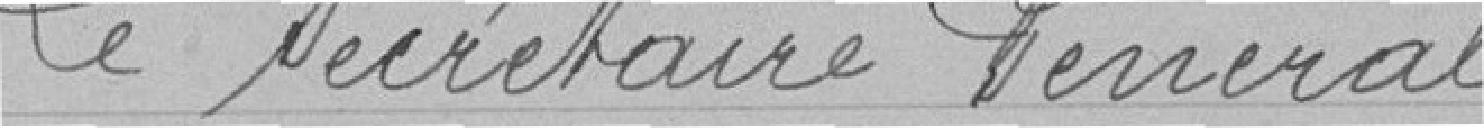
Le Secrétaire Général